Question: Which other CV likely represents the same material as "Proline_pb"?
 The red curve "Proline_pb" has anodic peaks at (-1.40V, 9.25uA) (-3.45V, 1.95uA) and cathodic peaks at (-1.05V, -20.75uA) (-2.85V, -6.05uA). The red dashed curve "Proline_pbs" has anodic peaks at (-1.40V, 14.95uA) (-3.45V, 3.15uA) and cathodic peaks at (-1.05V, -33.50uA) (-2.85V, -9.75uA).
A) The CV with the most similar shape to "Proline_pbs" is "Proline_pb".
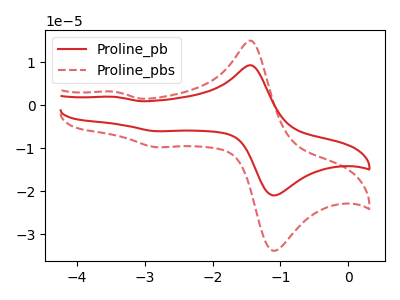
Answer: <think>All the peaks in "Proline_pb" have a peak in "Proline_pbs" at the same potential. Every peak in "Proline_pb" is lower than every peak in "Proline_pbs".
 </think>
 <answer>A) The CV with the most similar shape to "Proline_pbs" is "Proline_pb".</answer>
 <eval>A</eval>